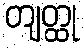
တျတ္ထု